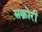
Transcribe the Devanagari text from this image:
सक्रोरी